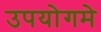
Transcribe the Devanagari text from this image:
उपयोगमे